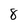
Character: 8